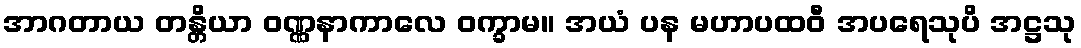
အာဂတာယ တန္တိယာ ဝဏ္ဏနာကာလေ ဝက္ခာမ။ အယံ ပန မဟာပထဝီ အပရေသုပိ အဋ္ဌသု